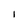
Character: I